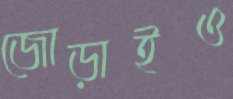
জোড়াইও